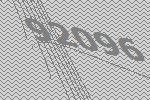
92096